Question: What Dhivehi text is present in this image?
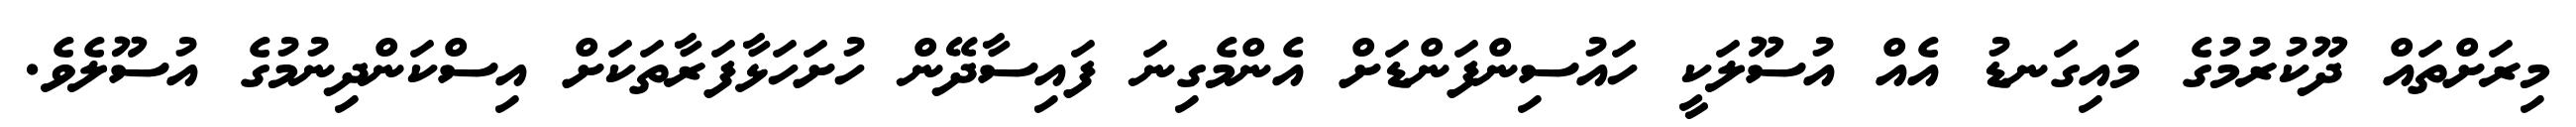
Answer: މިރަށްތައް ދޫކުރުމުގެ މައިގަނޑު އެއް އުސޫލަކީ ހައުސިންފަންޑަށް އެންމެގިނަ ފައިސާދޭން ހުށަހަޅާފަރާތަކަށް އިސްކަންދިނުމުގެ އުސޫލެވެ.